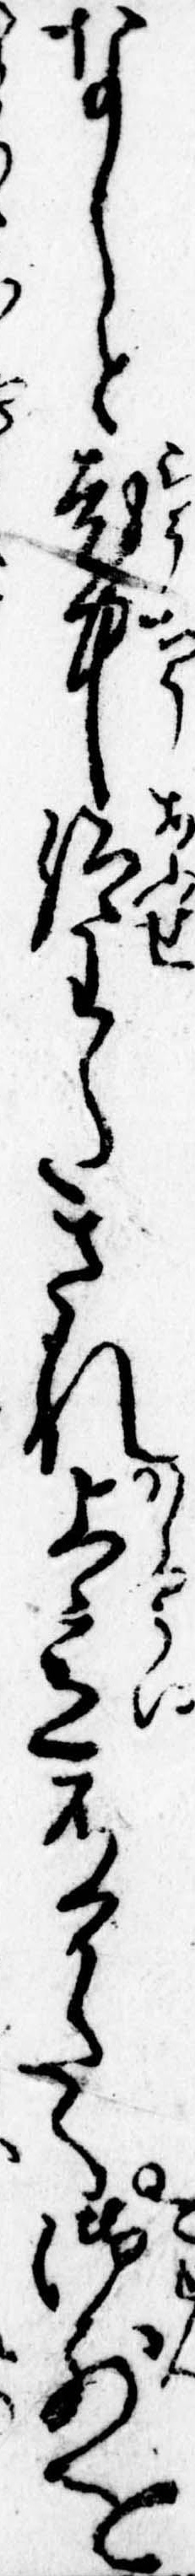
なしと老中仰わたされ上意有かたく御前を